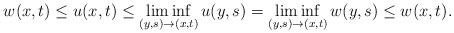
LaTeX: \begin{align*} w(x,t)\leq u(x,t)\leq \liminf_{(y,s)\to(x,t)}u(y,s)=\liminf_{(y,s)\to(x,t)}w(y,s)\leq w(x,t).\end{align*}